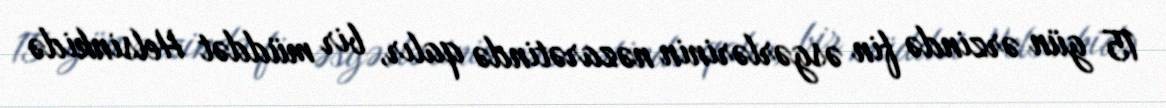
15 gün ərzində fin əsgərlərinin nəzarətində qalır, bir müddət Helsinkidə